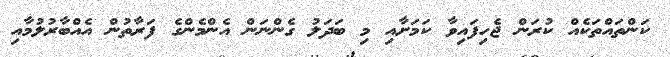
ކަންތައްތަކެއް ކުރަން ޖެހިފައިވާ ކަމަށާއި މި ބަދަލު ގެންނަން އެންމެންގެ ފަރާތުން އެއްބާރުލުމާއި